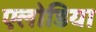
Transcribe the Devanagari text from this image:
एलोडिया